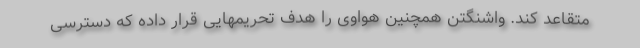
متقاعد کند. واشنگتن همچنین هواوی را هدف تحریمهایی قرار داده که دسترسی